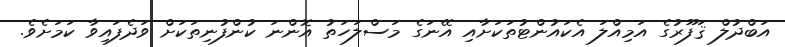
އަބްދުލް ޤަފޫރުގެ އަމިއްލަ އެކައުންޓުތަކަށާއި އޭނަގެ މަސްލަހަތު އޮންނަ ކުންފުނިތަކަށް ވަދެފައިވާ ކަމަށެވެ.